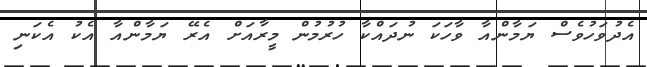
އެދުވަހުވެސް ޔަމާންއާ ވާހަކަ ނުދައްކާ ހުރުމުން މީރާއަށް އެރޭ ޔަމާންއާ އެކު އެކަނި